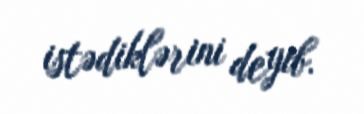
istədiklərini deyib.